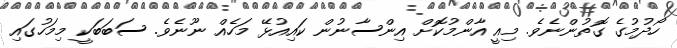
ހޯދުމުގެ ގޮތުންނެވެ. މިއީ އާންމުކޮށް އިންސާނުން ކައިއުޅޭ މަހެއް ނޫނެވެ. ސަބަބަކީ މިމަހުގައި